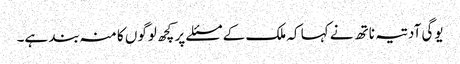
یوگی آدتیہ ناتھ نے کہا کہ ملک کے مسئلے پر کچھ لوگوں کا منہ بند ہے۔